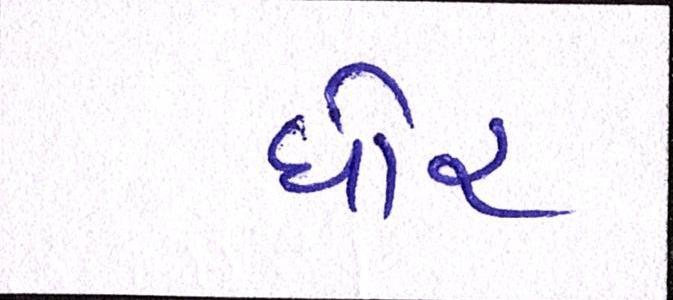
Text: ઘોર